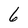
Character: 6